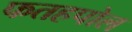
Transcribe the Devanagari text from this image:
फतहपोल